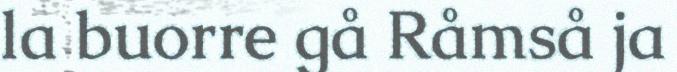
la buorre gå Råmså ja